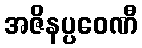
အဇိနပ္ပဝေဏီ